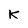
Character: k